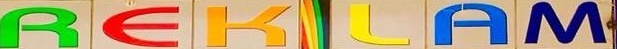
REKLAM